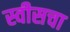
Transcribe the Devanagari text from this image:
स्वीसचा